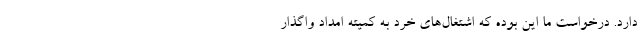
دارد. درخواست ما این بوده که اشتغال‌های خرد به کمیته امداد واگذار